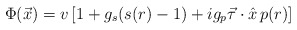
\begin{align*}\Phi(\vec{x})=v\left[1+g_s(s(r)-1)+ ig_p\vec{\tau}\cdot\hat{x}\, p(r)\right] \end{align*}